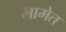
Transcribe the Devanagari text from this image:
मामेत